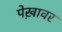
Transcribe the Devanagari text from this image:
पेख़ावर